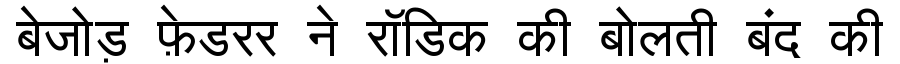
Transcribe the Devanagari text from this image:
बेजोड़ फ़ेडरर ने रॉडिक की बोलती बंद की